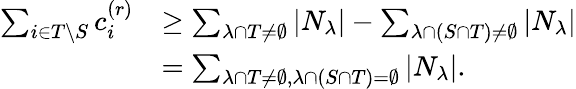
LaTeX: \begin{array}{rl}{\sum_{i\in T\setminus S}c_{i}^{(r)}}&{\geq\sum_{\lambda\cap T\neq\emptyset}|N_{\lambda}|-\sum_{\lambda\cap(S\cap T)\neq\emptyset}|N_{\lambda}|}\\ &{=\sum_{\lambda\cap T\neq\emptyset,\lambda\cap(S\cap T)=\emptyset}|N_{\lambda}|.}\end{array}